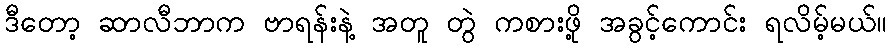
ဒီတော့ ဆာလီဘာက ဗာရန်းနဲ့ အတူ တွဲ ကစားဖို့ အခွင့်ကောင်း ရလိမ့်မယ်။